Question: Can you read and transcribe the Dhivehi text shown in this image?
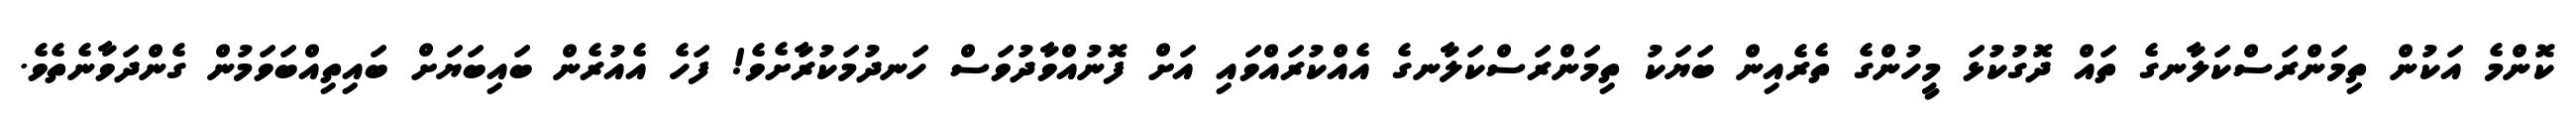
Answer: ކޮންމެ އަކުން ތިމަންރަސްކަލާނގެ ތައް ދޮގުކުޅަ މީހުންގެ ތެރެއިން ބަޔަކު ތިމަންރަސްކަލާނގެ އެއްކުރައްވައި އަށް ފޮނުއްވާދުވަސް ހަނދުމަކުރާށެވެ! ފަހެ އެއުރެން ބައިބަޔަށް ބައިތިއްބަވަމުން ގެންދަވާނެތެވެ.